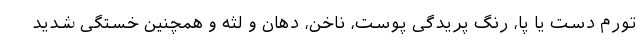
تورم دست یا پا، رنگ پریدگی پوست، ناخن، دهان و لثه و همچنین خستگی شدید